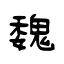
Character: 魏